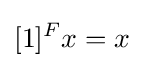
[1]^{F}x=x